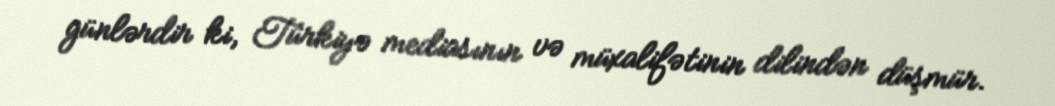
günlərdir ki, Türkiyə mediasının və müxalifətinin dilindən düşmür.